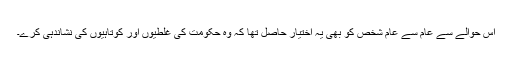
اس حوالے سے عام سے عام شخص کو بھی یہ اختیار حاصل تھا کہ وہ حکومت کی غلطیوں اور کوتاہیوں کی نشاندہی کرے۔